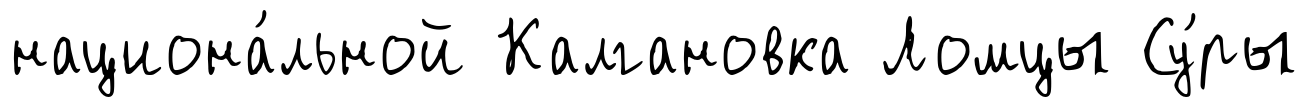
национа́льной Калгановка Ломцы Су́ры